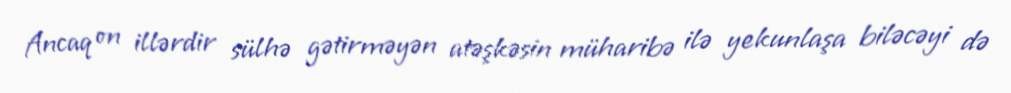
Ancaq on illərdir sülhə gətirməyən atəşkəsin müharibə ilə yekunlaşa biləcəyi də